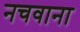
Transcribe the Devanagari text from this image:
नचवाना